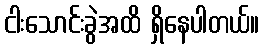
ငါးသောင်းခွဲအထိ ရှိနေပါတယ်။